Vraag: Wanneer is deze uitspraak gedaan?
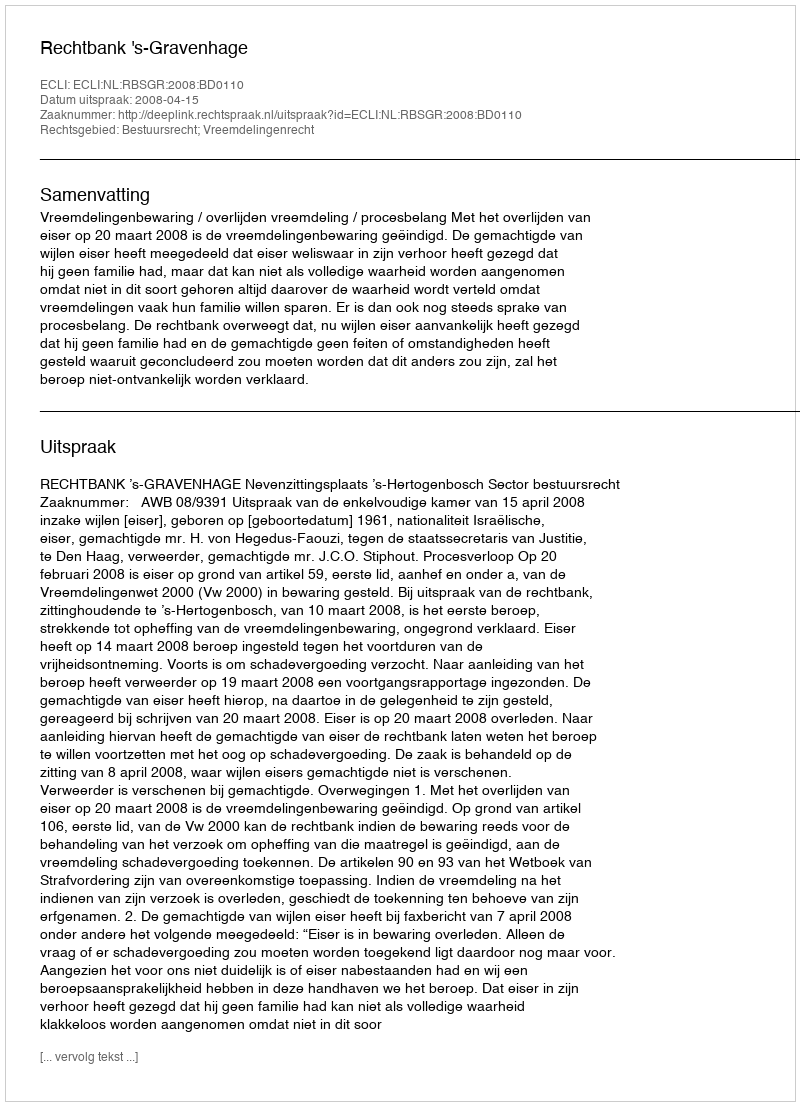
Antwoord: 2008-04-15